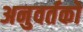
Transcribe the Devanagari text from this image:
अनुवर्तकों